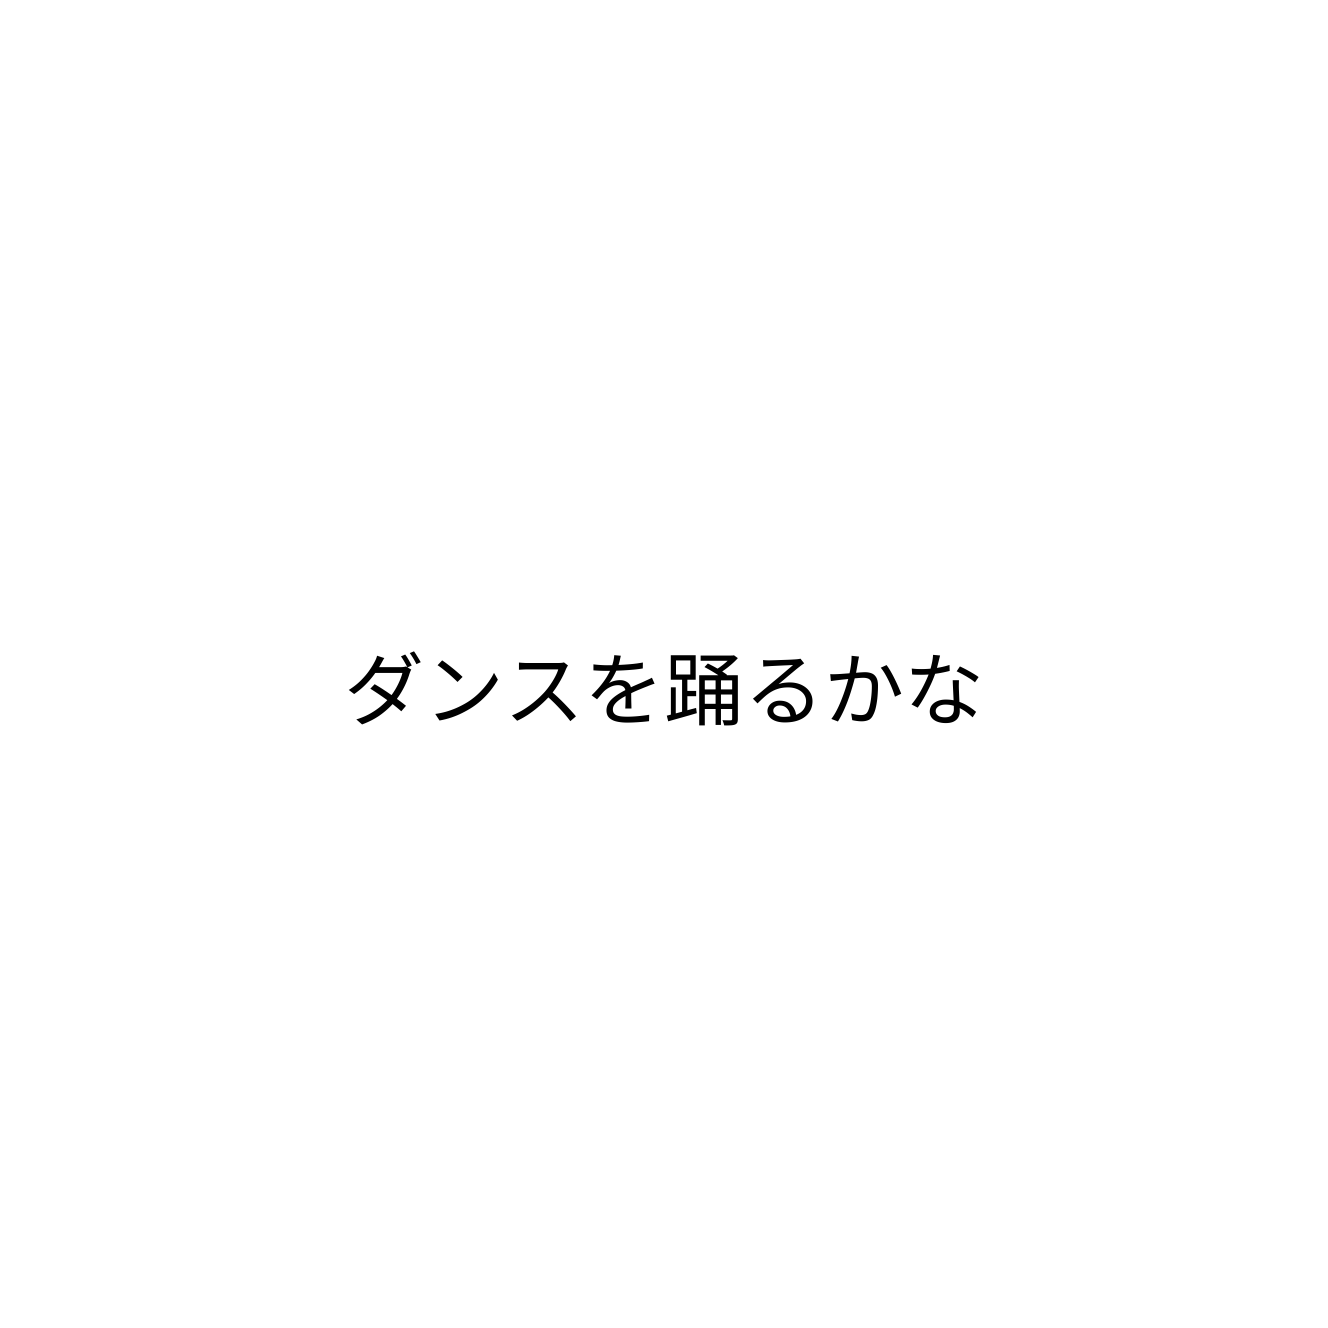
ダンスを踊るかな